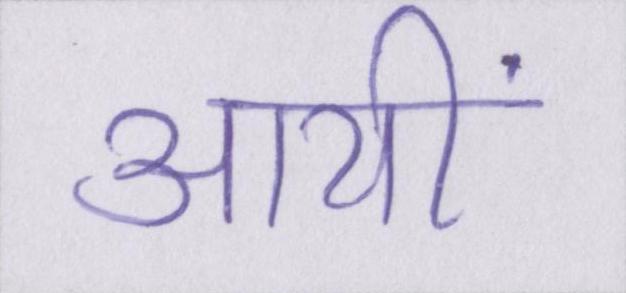
आयीं